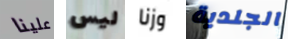
علينا ليس وزنا الجلدية